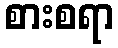
စားစရာ